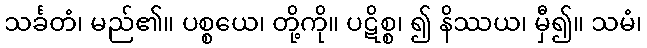
သင်္ခတံ၊ မည်၏။ ပစ္စယေ၊ တို့ကို။ ပဋိစ္စ၊ ၍ နိဿယ၊ မှီ၍။ သမံ၊